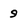
Character: 9